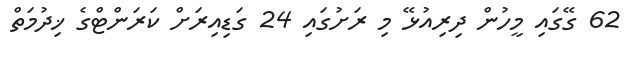
62 ގޭގައި މީހުން ދިރިއުޅޭ މި ރަށުގައި 24 ގަޑިއިރަށް ކަރަންޓްގެ ޚިދުމަތް